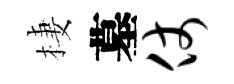
棲墓仗